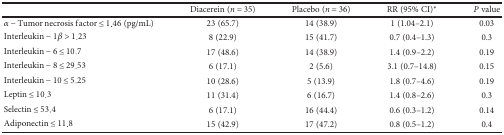
|  | Diacerein (n = 35) | Placebo (n = 36) | RR (95% CI)∗ | P value |
 | --- | --- | --- | --- | --- |
 | α − Tumor necrosis factor ≤ 1.46 (pg/mL) | 23 (65.7) | 14 (38.9) | 1 (1.04–2.1) | 0.03 |
 | Interleukin − 1β > 1.23 | 8 (22.9) | 15 (41.7) | 0.7 (0.4–1.3) | 0.3 |
 | Interleukin − 6 ≤ 10.7 | 17 (48.6) | 14 (38.9) | 1.4 (0.9–2.2) | 0.19 |
 | Interleukin − 8 ≤ 29.53 | 6 (17.1) | 2 (5.6) | 3.1 (0.7–14.8) | 0.15 |
 | Interleukin − 10 ≤ 5.25 | 10 (28.6) | 5 (13.9) | 1.8 (0.7–4.6) | 0.19 |
 | Leptin ≤ 10.3 | 11 (31.4) | 6 (16.7) | 1.4 (0.8–2.6) | 0.3 |
 | Selectin ≤ 53.4 | 6 (17.1) | 16 (44.4) | 0.6 (0.3–1.2) | 0.14 |
 | Adiponectin ≤ 11.8 | 15 (42.9) | 17 (47.2) | 0.8 (0.5–1.2) | 0.4 |